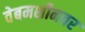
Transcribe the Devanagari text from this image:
वेबमशीनवर